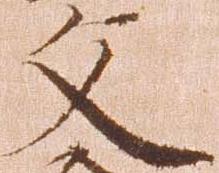
文